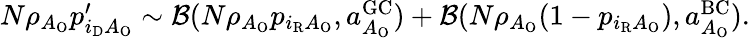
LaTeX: \begin{array}{r}{N\rho_{A_{\mathrm{O}}}p_{i_{\mathrm{D}}A_{\mathrm{O}}}^{\prime}\sim{\cal B}(N\rho_{A_{\mathrm{O}}}p_{i_{\mathrm{R}}A_{\mathrm{O}}},a_{A_{\mathrm{O}}}^{\mathrm{GC}})+{\cal B}(N\rho_{A_{\mathrm{O}}}(1-p_{i_{\mathrm{R}}A_{\mathrm{O}}}),a_{A_{\mathrm{O}}}^{\mathrm{BC}}).}\end{array}